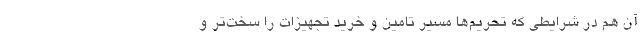
آن هم در شرایطی که تحریم‌ها مسیر تامین و خرید تجهیزات را سخت‌تر و